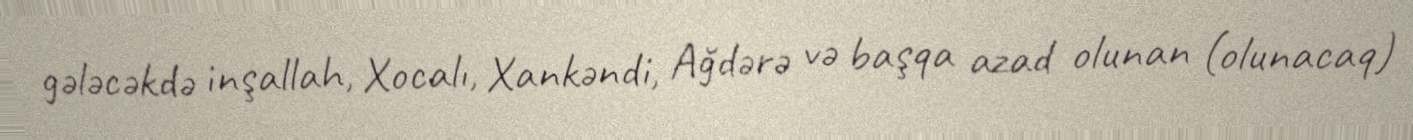
gələcəkdə inşallah, Xocalı, Xankəndi, Ağdərə və başqa azad olunan (olunacaq)